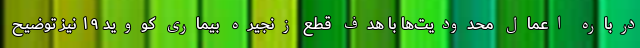
درباره اعمال محدودیت‌ها با هدف قطع زنجیره بیماری کووید ۱۹ نیز توضیح